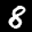
Label: 8